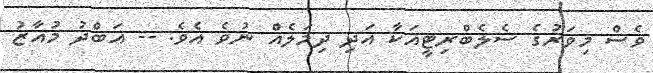
ވެސް މިވަރުގެ ސެލެބްރިޓީއަކާ އަދި ދިމަލެއް ނުވެ އެވެ. -- އަބްދު މުއާޒު